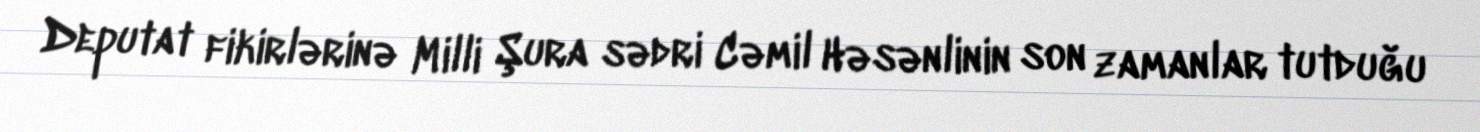
Deputat fikirlərinə Milli Şura sədri Cəmil Həsənlinin son zamanlar tutduğu